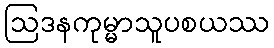
ဩဒနကုမ္မာသူပစယဿ